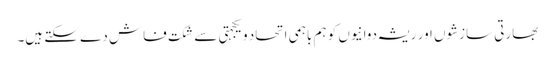
بھارتی سازشوں اور ریشہ دوانیوں کو ہم باہمی اتحاد ویکجہتی سے شکت فاش دے سکتے ہیں۔